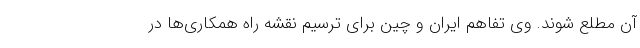
آن مطلع شوند. وی تفاهم ایران و چین برای ترسیم نقشه راه همکاری‌ها در